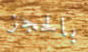
بالحجز